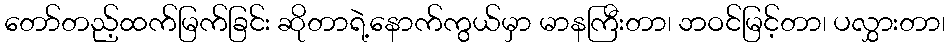
တော်တည့်ထက်မြက်ခြင်း ဆိုတာရဲ့နောက်ကွယ်မှာ မာနကြီးတာ၊ ဘဝင်မြင့်တာ၊ ပလွှားတာ၊